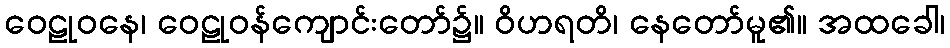
ဝေဠုဝနေ၊ ဝေဠုဝန်ကျောင်းတော်၌။ ဝိဟရတိ၊ နေတော်မူ၏။ အထခေါ၊